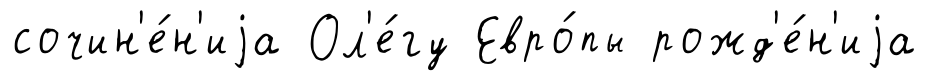
сочин'е́н'иjа Ол'е́гу Евро́пы рожд'е́н'иjа